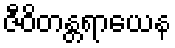
ဇီဝိတန္တရာယေန